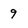
Character: 9